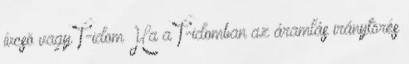
ívcsõ vagy T-idom Ha a T-idomban az áramlás iránytörés